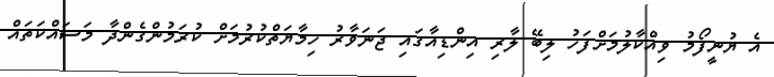
އެ ޔުނީފޯމު ވިއްކާލުމަށްފަހު ލިބޭ ލާރި އިންޑިއާގައި ޖަނަވާރު ހިމާޔަތްކުރުމަށް ކުރަމުންގެންދާ މަސައްކަތައް